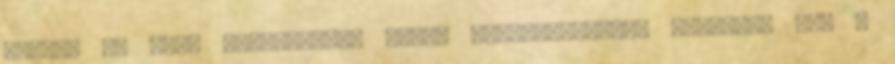
munka? Ne zsír kötőanyagok létre mellékhatások? Proactol XS, a